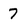
Character: 7